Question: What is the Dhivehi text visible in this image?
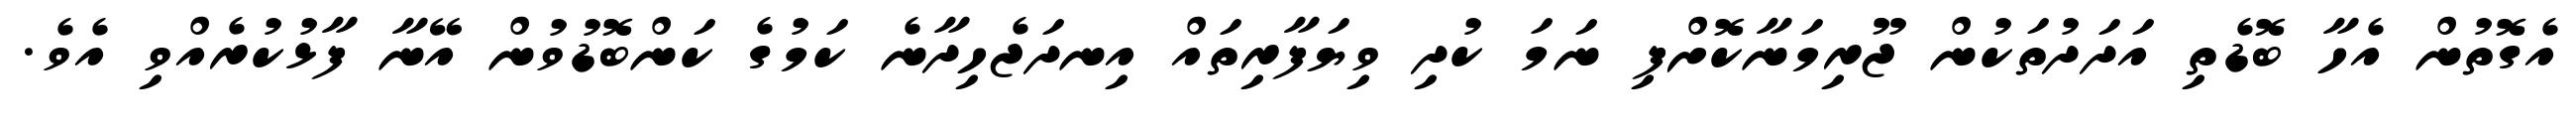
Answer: އެގޮތުން އެހާ ބޮޑެތި އަދަދުތަކުން ޖޫރިމަނާކޮށްފި ނަމަ ކުދި ވިޔަފާރިތައް އިނދަޖެހިދާނެ ކަމުގެ ކަންބޮޑުވުން އޭނާ ފާޅުކުރެއްވި އެވެ.